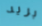
بريد